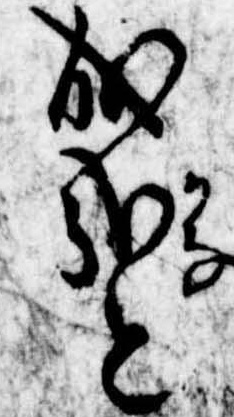
成哉と